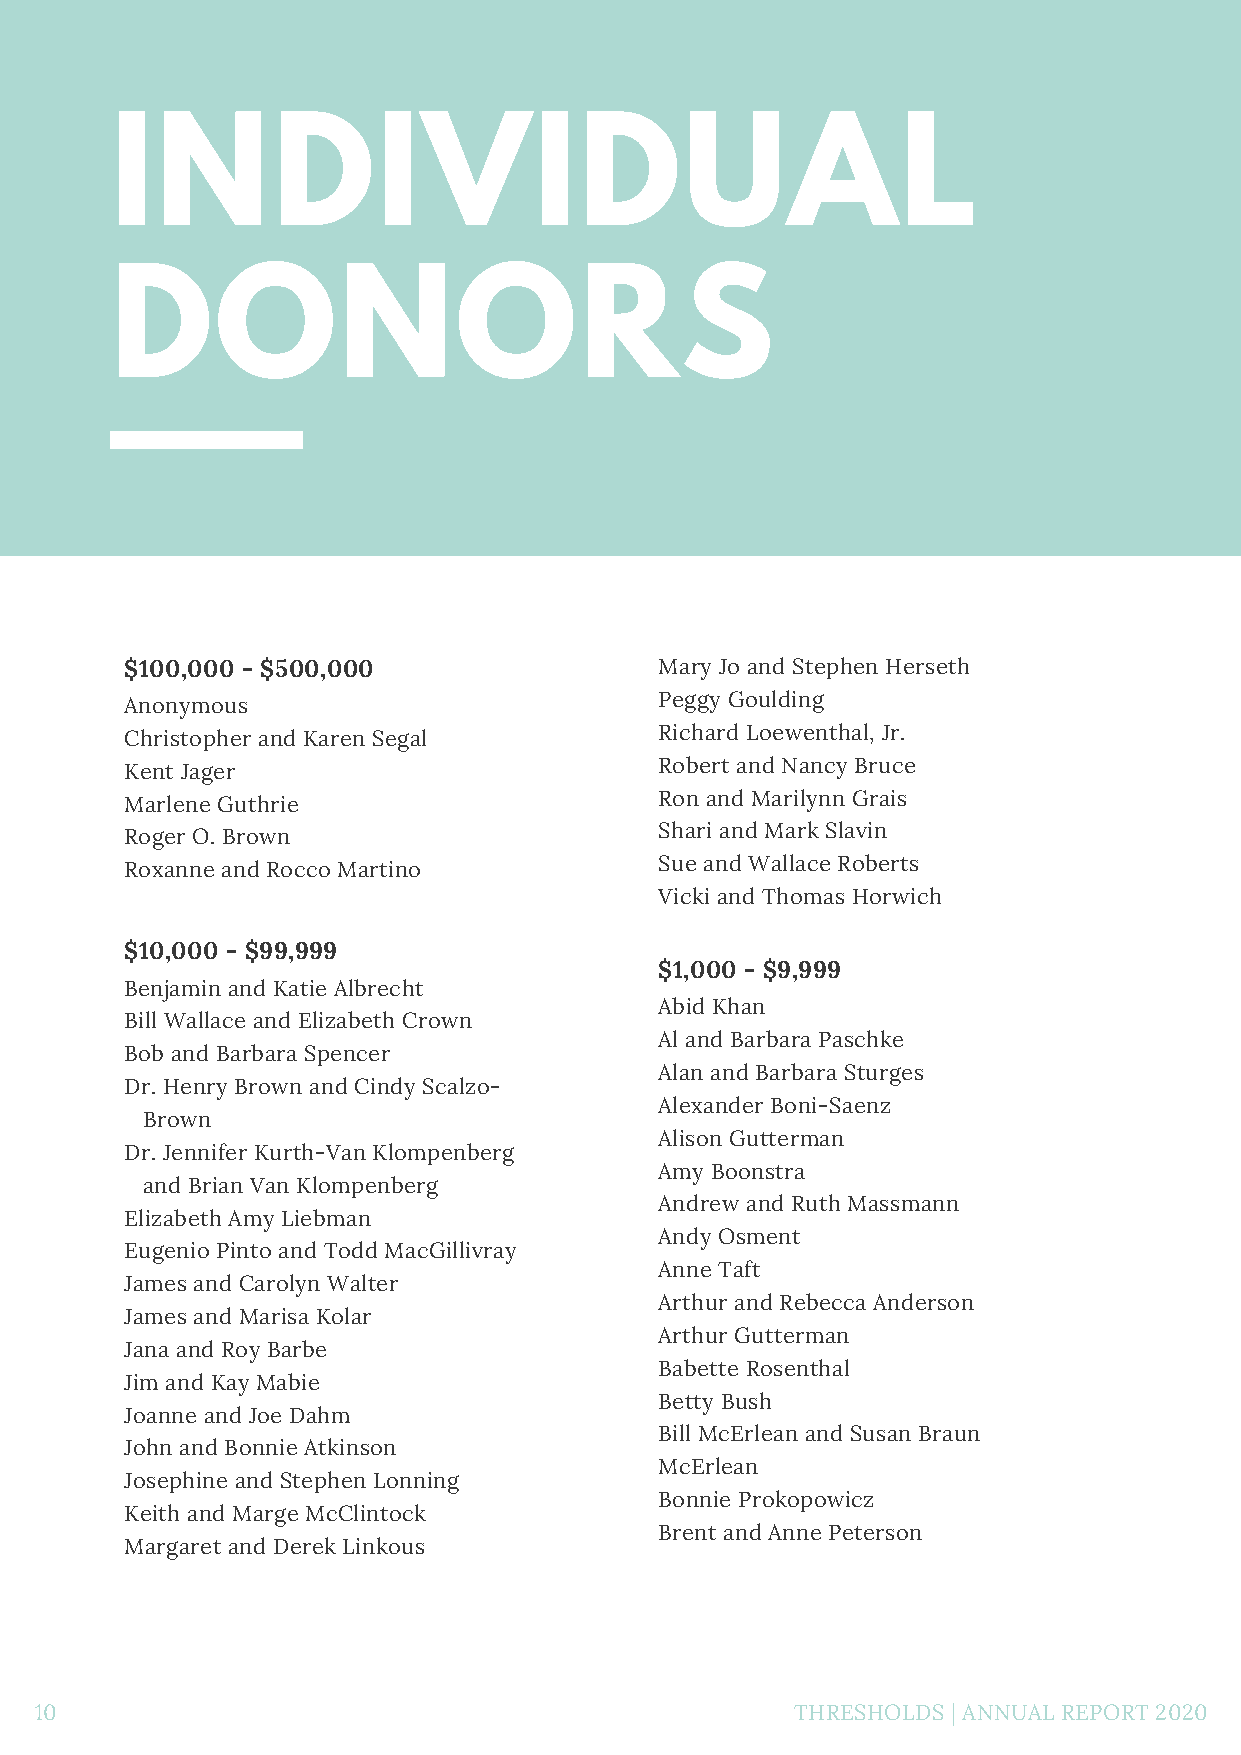
INDIVIDUAL
 DONORS
 $100,000 - $500,000                 Mary Jo and Stephen Herseth
 Anonymous                           Peggy Goulding
 Christopher and Karen Segal         Richard Loewenthal, Jr.
 Kent Jager                          Robert and Nancy Bruce
 Marlene Guthrie                     Ron and Marilynn Grais
 Roger O. Brown                      Shari and Mark Slavin
 Roxanne and Rocco Martino           Sue and Wallace Roberts
 Vicki and Thomas Horwich
 $10,000 - $99,999
 $1,000 - $9,999
 Benjamin and Katie Albrecht
 Abid Khan
 Bill Wallace and Elizabeth Crown
 Al and Barbara Paschke
 Bob and Barbara Spencer
 Alan and Barbara Sturges
 Dr. Henry Brown and Cindy Scalzo-
 Alexander Boni-Saenz
 Brown
 Alison Gutterman
 Dr. Jennifer Kurth-Van Klompenberg
 Amy Boonstra
 and Brian Van Klompenberg
 Andrew and Ruth Massmann
 Elizabeth Amy Liebman
 Andy Osment
 Eugenio Pinto and Todd MacGillivray
 Anne Taft
 James and Carolyn Walter
 Arthur and Rebecca Anderson
 James and Marisa Kolar
 Arthur Gutterman
 Jana and Roy Barbe
 Babette Rosenthal
 Jim and Kay Mabie
 Betty Bush
 Joanne and Joe Dahm
 Bill McErlean and Susan Braun
 John and Bonnie Atkinson
 McErlean
 Josephine and Stephen Lonning
 Bonnie Prokopowicz
 Keith and Marge McClintock
 Brent and Anne Peterson
 Margaret and Derek Linkous
 10                                                 THRESHOLDS | ANNUAL REPORT 2020